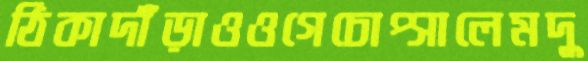
ঠিকাদাঁড়াওওগেচোপ্‌সালেমদু